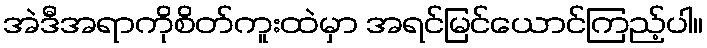
အဲဒီအရာကိုစိတ်ကူးထဲမှာ အရင်မြင်ယောင်ကြည့်ပါ။